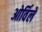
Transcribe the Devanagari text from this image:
ओर्विले